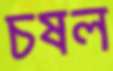
চষল